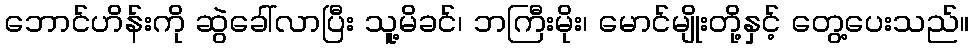
ဘောင်ဟိန်းကို ဆွဲခေါ်လာပြီး သူ့မိခင်၊ ဘကြီးမိုး၊ မောင်မျိုးတို့နှင့် တွေ့ပေးသည်။